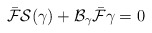
\begin{align*}\bar{\cal F}{\cal S}(\gamma) + {\cal B}_\gamma \bar{\cal F} \gamma = 0\end{align*}